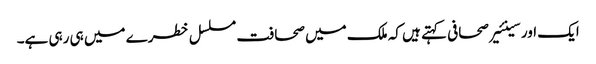
ایک اور سینئیر صحافی کہتے ہیں کہ ملک میں صحافت مسلسل خطرے میں ہی رہی ہے۔